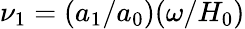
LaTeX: \nu_{1}=(a_{1}/a_{0})(\omega/H_{0})